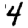
Digit: 4